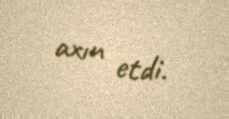
axın etdi.